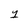
Character: 1